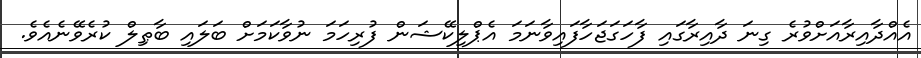
އެއްދާއިރާއަށްވުރެ ގިނަ ދާއިރާގައި ފާހަގަޖަހާފައިވާނަމަ އެޕްލިކޭޝަން ފުރިހަމަ ނުވާކަމަށް ބަލައި ބާޠިލް ކުރެވޭނެއެވެ.